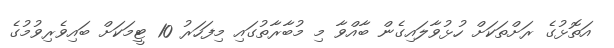
އަތޮޅުގެ ރަށްތަކަށް ހުޅުވާލައިގެން ބާއްވާ މި މުބާރާތުގައި މިފަހަރު 10 ޓީމަކަށް ބައިވެރިވުމުގެ